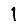
Digit: 1